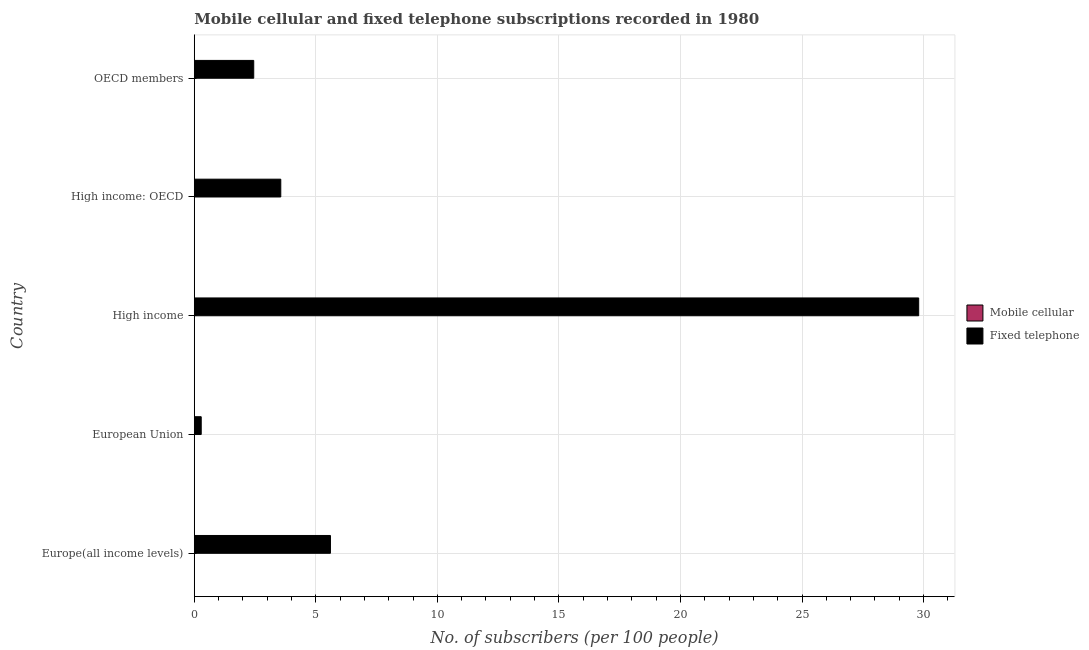
| Country | Mobile cellular | Fixed telephone |
 | --- | --- | --- |
 | Europe(all income levels) | 0.00299 | 5.6 |
 | European Union | 0.00506 | 0.286 |
 | High income | 0.00214 | 29.8 |
 | High income: OECD | 0.0027 | 3.56 |
 | OECD members | 0.00239 | 2.45 |